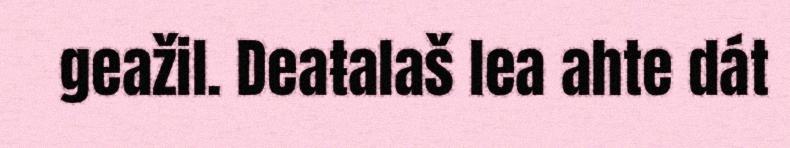
geažil. Deaŧalaš lea ahte dát